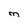
Character: M